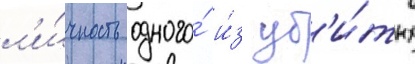
л'и́чность одного́ и́з уб'и́тых